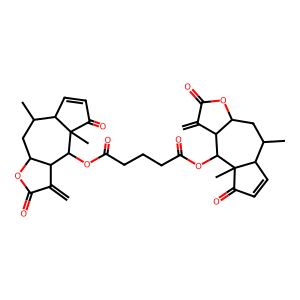
SMILES: C=C1C(=O)OC2CC(C)C3C=CC(=O)C3(C)C(OC(=O)CCCC(=O)OC3C4C(=C)C(=O)OC4CC(C)C4C=CC(=O)C43C)C12
Inhibits HIV replication: No